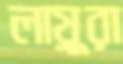
লায়ুরা